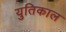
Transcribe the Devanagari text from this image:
युतिकाल